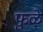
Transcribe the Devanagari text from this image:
फुळे